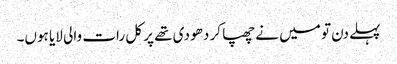
پہلے دن تو میں نے چھپا کر دھو دی تھے پر کل رات والی لایا ہوں۔